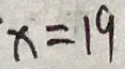
x = 1 9